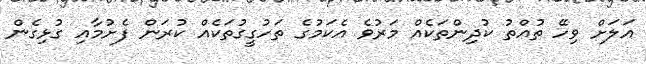
އަލަށް ވިހޭ ތުއްތު ކުދިންތަކެއް މަރުވެ އެކަމުގެ ތަހުގީގުތަކެއް ކުރަން ފެށުމާއި ގުޅިގެން